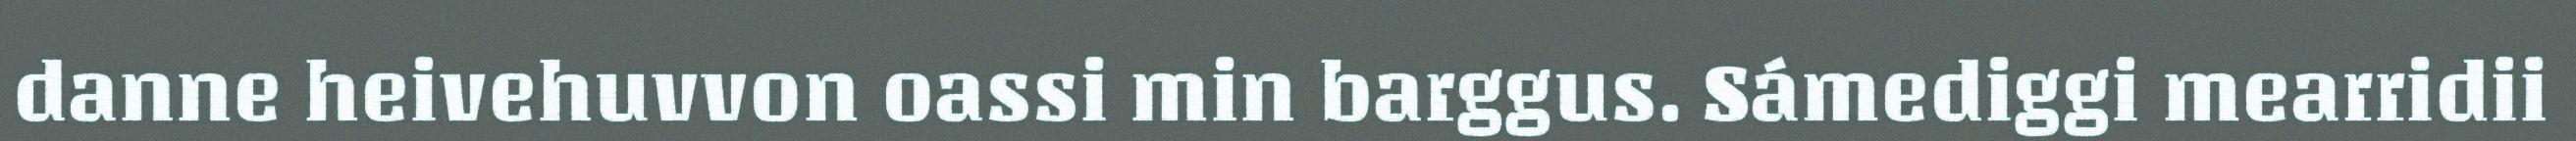
danne heivehuvvon oassi min barggus. Sámediggi mearridii